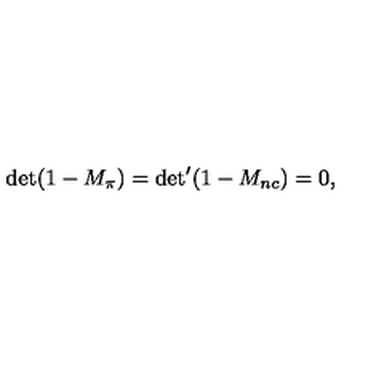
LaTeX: { \det ( 1 - M _ { \pi } ) = { \det } ^ { \prime } ( 1 - M _ { n c } ) = 0 , }